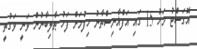
އޮގަސްޓު މަހު 15 ގައި އަފްޣާނިސްތާނު ހިފުމަށް ފަހު ޠާލިބާނުން ވަނީ ވަގުތީ